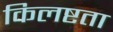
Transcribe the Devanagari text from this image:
किलष्टता